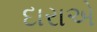
દારાએ